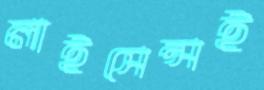
লাইসেন্সই